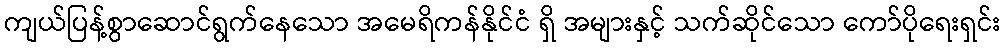
ကျယ်ပြန့်စွာဆောင်ရွက်နေသော အမေရိကန်နိုင်ငံ ရှိ အများနှင့် သက်ဆိုင်သော ကော်ပိုရေးရှင်း